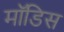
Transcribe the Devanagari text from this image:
मॉडिस